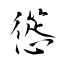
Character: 慫